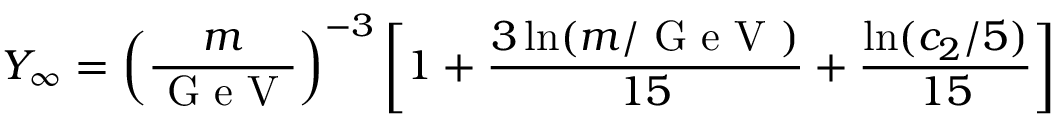
Y _ { \infty } = \left( \frac { m } { \textrm { G e V } } \right) ^ { - 3 } \left[ 1 + \frac { 3 \ln ( m / \textrm { G e V } ) } { 1 5 } + \frac { \ln ( c _ { 2 } / 5 ) } { 1 5 } \right]